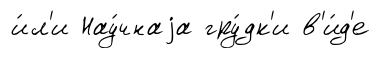
и́л'и Нау́чнаjа гру́дк'и в'и́д'е